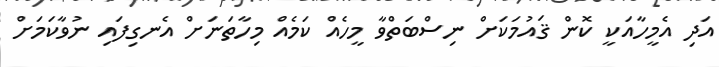
އަދި އެމީހާއަކީ ކޮން ޤައުމަކަށް ނިސްބަތްވާ މީހެއް ކަމެއް މިހާތަނަށް އެނގިފައި ނުވާކަމަށް